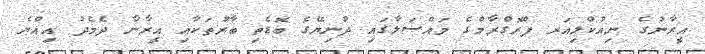
އީރާނުގެ ނިއުކްލިއަރ ޕްރޮގްރާމްގެ މައްސަލާގައި ދުނިޔޭގެ ބޮޑެތި ބާރުތަކާއި އީރާނާ ދެމެދު އިއްޔެ